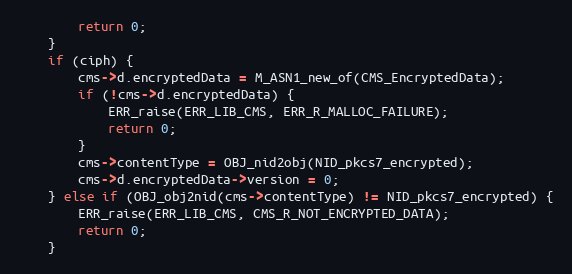
Language: C
        return 0;
    }
    if (ciph) {
        cms->d.encryptedData = M_ASN1_new_of(CMS_EncryptedData);
        if (!cms->d.encryptedData) {
            ERR_raise(ERR_LIB_CMS, ERR_R_MALLOC_FAILURE);
            return 0;
        }
        cms->contentType = OBJ_nid2obj(NID_pkcs7_encrypted);
        cms->d.encryptedData->version = 0;
    } else if (OBJ_obj2nid(cms->contentType) != NID_pkcs7_encrypted) {
        ERR_raise(ERR_LIB_CMS, CMS_R_NOT_ENCRYPTED_DATA);
        return 0;
    }